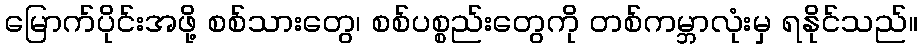
မြောက်ပိုင်းအဖို့ စစ်သားတွေ၊ စစ်ပစ္စည်းတွေကို တစ်ကမ္ဘာလုံးမှ ရနိုင်သည်။